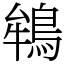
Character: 鴾